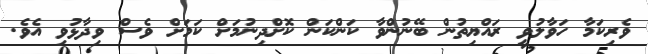
ވެރިކަމާ ހަވާލުވީ ރައްޔިތުން ބޭނުންވާ ކަންކަން ކޮށްދިނުމަށް ކަމަށް ވެސް ވިދާޅުވި އެވެ.